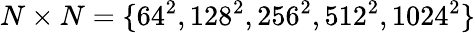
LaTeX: N\times N=\{ 64^{2},128^{2},256^{2},512^{2},1024^{2}\}